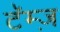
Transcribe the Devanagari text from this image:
टॅम्ज़